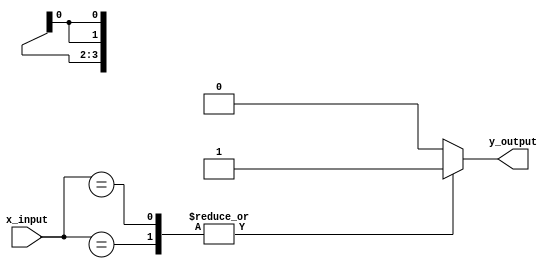
module x_based_case (
    input wire [3:0] x_input,
    output reg y_output
);

always @* begin
    case (x_input)
        4'b1XXX: y_output = 1; // if x_input is 1XXX
        4'b01XX: y_output = 0; // if x_input is 01XX
        4'b001X: y_output = 1; // if x_input is 001X
        default: y_output = 0; // default behavior
    endcase
end

endmodule